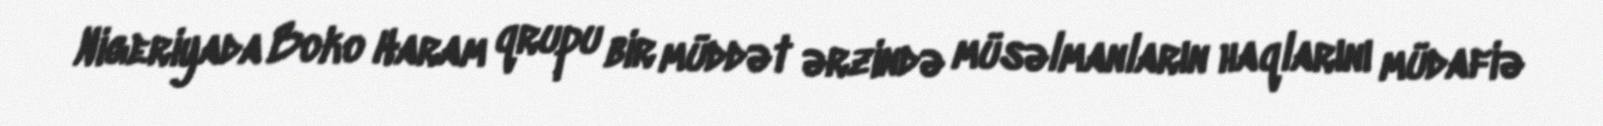
Nigeriyada Boko Haram qrupu bir müddət ərzində müsəlmanların haqlarını müdafiə